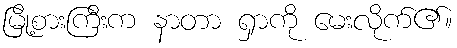
မြို့စားကြီးက နာတာ ရှာကို မေးလိုက်၏။